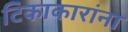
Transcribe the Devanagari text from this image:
टिकाकारांना